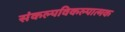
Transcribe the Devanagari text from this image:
संकल्पविकल्पात्मक